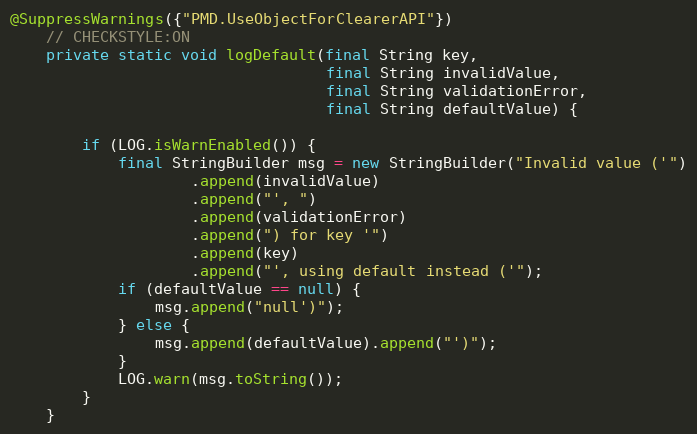
Language: Java
@SuppressWarnings({"PMD.UseObjectForClearerAPI"})
    // CHECKSTYLE:ON
    private static void logDefault(final String key,
                                   final String invalidValue,
                                   final String validationError,
                                   final String defaultValue) {

        if (LOG.isWarnEnabled()) {
            final StringBuilder msg = new StringBuilder("Invalid value ('")
                    .append(invalidValue)
                    .append("', ")
                    .append(validationError)
                    .append(") for key '")
                    .append(key)
                    .append("', using default instead ('");
            if (defaultValue == null) {
                msg.append("null')");
            } else {
                msg.append(defaultValue).append("')");
            }
            LOG.warn(msg.toString());
        }
    }